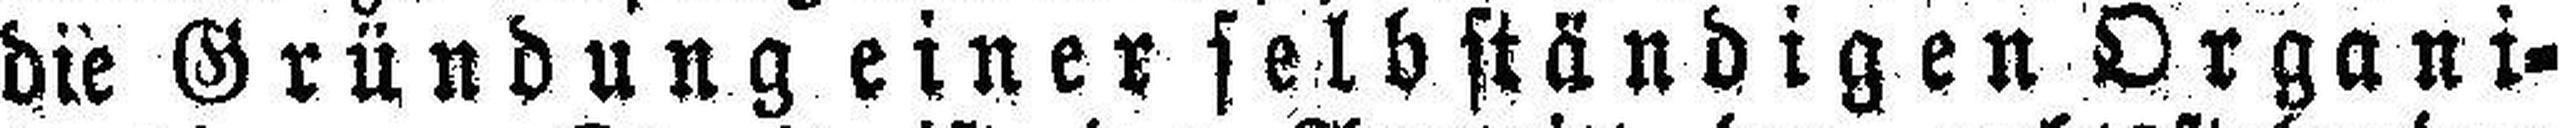
die Gründung einer selbständigen Organi¬